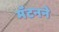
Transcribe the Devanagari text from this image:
मॅटनने